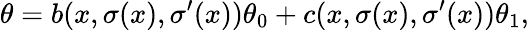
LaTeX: \theta=b(x,\sigma(x),\sigma^{\prime}(x))\theta_{0}+c(x,\sigma(x),\sigma^{\prime}(x))\theta_{1},